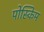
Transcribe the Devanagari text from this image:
पोस्किम